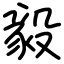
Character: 毅